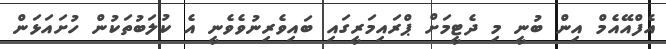
އެފްއޭއެމް އިން ބުނީ މި ދެޓީމަށް ޕްރައިމަރީގައި ބައިވެރިނުވެވެނީ އެ ކުލަބުތަކުން ހުށައަޅަން